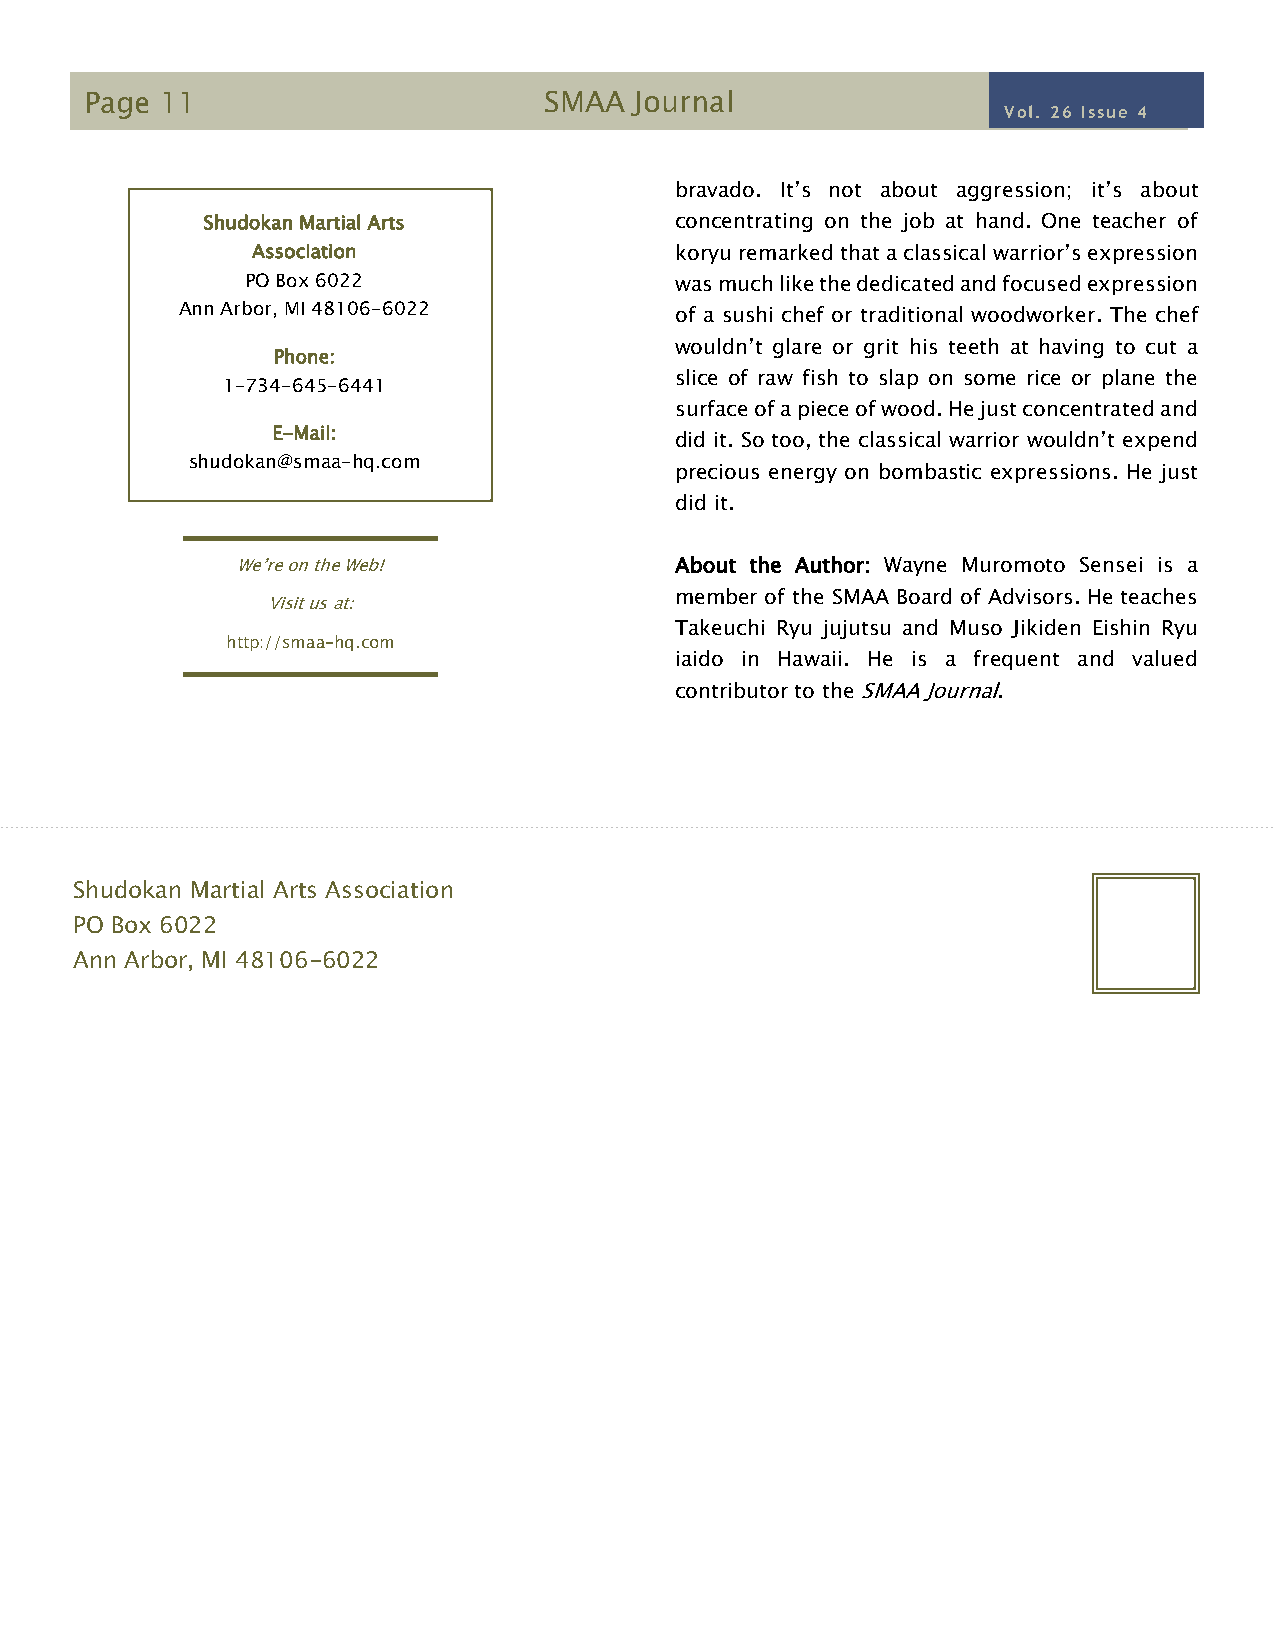
Page 11                       SMAA  Journal
 Vol. 26 Issue 4
 41IIssueI2
 bravado. It’s not about aggression; it’s about
 Shudokan Martial Arts           concentrating on the job at hand. One teacher of
 Association                 koryu remarked that a classical warrior’s expression
 PO Box 6022                  was much like the dedicated and focused expression
 A nn Arbor, MI 48106-6022        of a sushi chef or traditional woodworker. The chef
 wouldn’t glare or grit his teeth at having to cut a
 Phone:
 slice of raw fish to slap on some rice or plane the
 1-734-645-6441
 surface of a piece of wood. He just concentrated and
 E-Mail:
 did it. So too, the classical warrior wouldn’t expend
 shudokan@smaa-hq.com
 precious energy on bombastic expressions. He just
 did it.
 We’re on the Web!            About the Author: Wayne Muromoto Sensei is a
 member of the SMAA Board of Advisors. He teaches
 Visit us at:
 Takeuchi Ryu jujutsu and Muso Jikiden Eishin Ryu
 http://smaa-hq.com
 iaido in Hawaii. He is a frequent and valued
 contributor to the SMAA Journal.
 Shudokan Martial Arts Association
 PO Box 6022
 Ann Arbor, MI 48106-6022